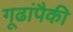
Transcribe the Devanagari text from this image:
गूढांपैकी